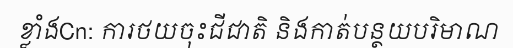
ខ្លាំងCn: ការថយចុះជីជាតិ និងកាត់បន្ថយបរិមាណ